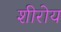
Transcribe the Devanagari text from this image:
शीरोय